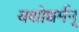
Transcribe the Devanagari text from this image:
यशोधर्मन्‌